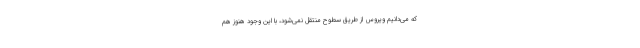
که می‌دانیم ویروس از طریق سطوح منتقل نمی‌شود، با این وجود هنوز هم